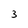
Character: 3